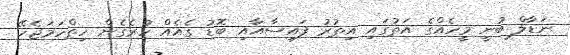
ނަޑާލް ބުނީ މީހެއްގެ އަތުގައި އިތުރު ފައިސާއާއި ބޮޑު ގެއެއް ހުރެގެން ހިތްހަމަޖެހޭ